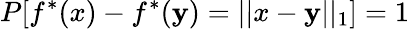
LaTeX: P[f^{*}(x)-f^{*}(\mathbf{y})=||x-\mathbf{y}||_{1}]=1